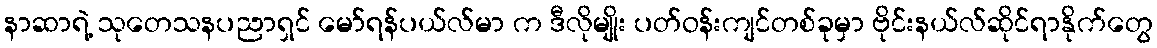
နာဆာရဲ့ သုတေသနပညာရှင် မော်ရန်ပယ်လ်မာ က ဒီလိုမျိုး ပတ်ဝန်းကျင်တစ်ခုမှာ ဗိုင်းနယ်လ်ဆိုင်ရာနိုက်တွေ